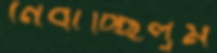
নেবাচ্ছিলুম